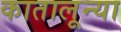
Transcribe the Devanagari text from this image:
कातालून्या